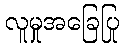
လူမှုအခြေပြု